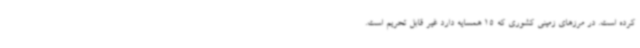
کرده است. در مرزهای زمینی کشوری که 15 همسایه دارد غیر قابل تحریم است.